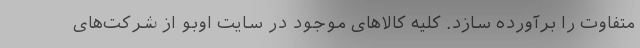
متفاوت را برآورده سازد. کلیه کالاهای موجود در سایت اوبو از شرکت‌های